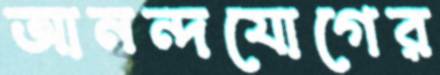
আনন্দযোগের